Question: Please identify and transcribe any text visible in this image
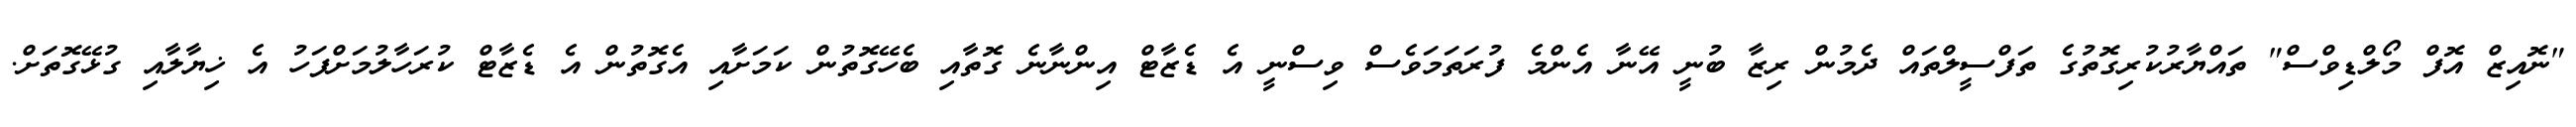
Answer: "ނޮއިޒް އޮފް މޯލްޑިވްސް" ތައްޔާރުކުރިގޮތުގެ ތަފްސީލްތައް ދެމުން ރިޒާ ބުނީ އޭނާ އެންމެ ފުރަތަމަވެސް ވިސްނީ އެ ޑެޒާޓް އިންނާނެ ގޮތާއި ބެހޭގޮތުން ކަމަށާއި އެގޮތުން އެ ޑެޒާޓް ކުރަހާލުމަށްފަހު އެ ޚިޔާލާއި ގުޅޭގޮތަށް.